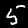
Label: 5